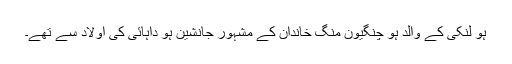
ہو لنکی کے والد ہُو چِنگیُون منگ خاندان کے مشہور جانشین ہو داہائی کی اولاد سے تھے۔